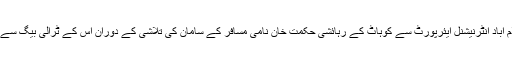
گیارھویں کاروائی کے دوران اے این ایف راولپنڈی نے اسلام آباد انٹرنیشنل ایئرپورٹ سے کوہاٹ کے رہائشی حکمت خان نامی مسافر کے سامان کی تلاشی کے دوران اس کے ٹرالی بیگ سے 335 گرام ایمفیٹامائن برآمد کر کے ملزم کو گرفتار کر لیا۔